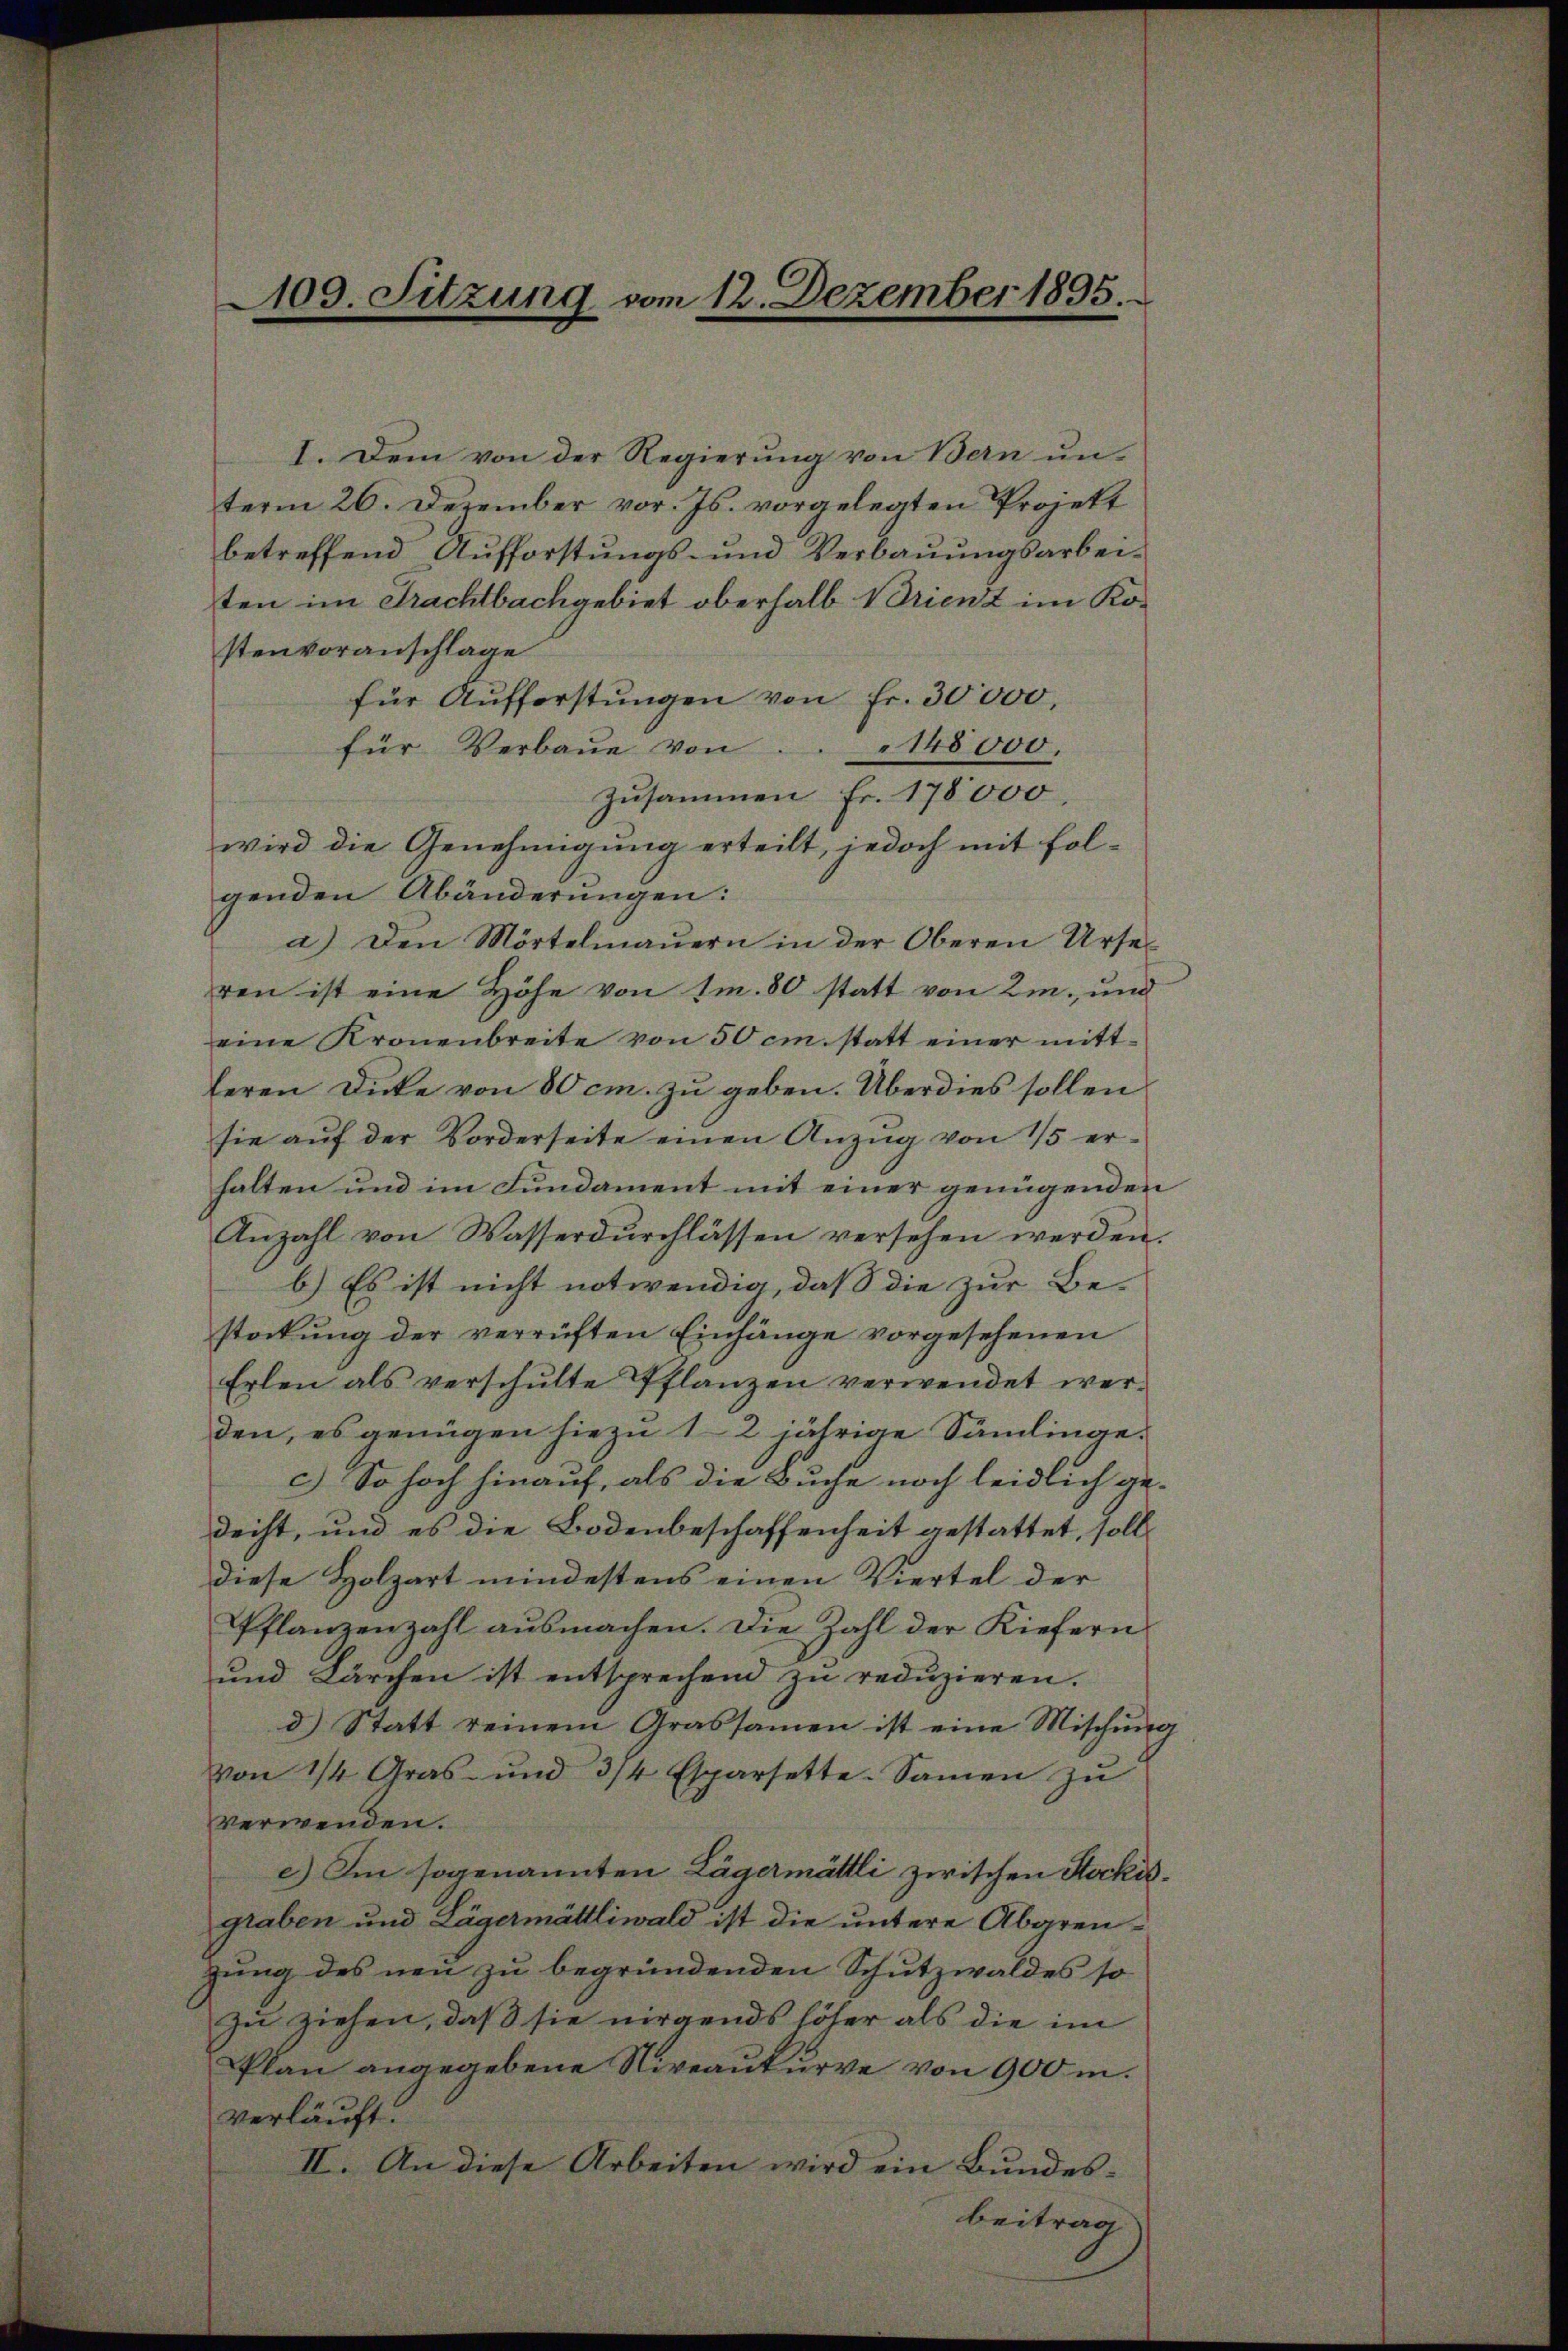
I. Dem von der Regierŭng von Bern ŭn-
term 20. Dezember vor. Js. vorgelegten Projekt
betreffend Aufforstungs- und Verbauungsarbeiten im Frachtbachgebiet oberhalb Brienz im Kostenvoranschlage
für Aŭfforstŭngen von fr. 30000,
für Verbaŭe von 148000.
Zusammen Fr. 178000.
wird die Genehmigung erteilt, jedoch mit folgenden Abänderungen:
a) Den Mörtelmaŭern in der Oberen Urse
ren ist eine Höhe von 1m. 80 statt von 2m. und
eine Kronenbreite von 50 cm. statt einer mittleren Dicke von 80 cm. zu geben. Überdies sollen
sie aŭf der Vorderseite einen Anzŭg von 15 er-
halten und im Fundament mit einer genügenden
Anzahl von Wasserdurchlassen versehen werden.
b.) Es ist nicht notwendig, daß die zur Be-
stockung der verrüften Einhänge vorgesehenen
Erlen als verschulte Pflanzen verwendet werden, es genügen hiezu 12 jährige Sämmlingec) So hoch hinauf, als die Buche noch leidlich gedecht, und es die Bodenbeschaffenheit gestattet, soll
diese Holzart mindestens einen Viertel der
Pflanzenzahl ausmachen. Die Zahl der Kiefern
und Lärchen ist entsprechend zu redŭzieren.
d) Statt reinem Grassamen ist eine Mischung
von 1/4 Gras- und 3/4 Esparsette-Saṁen zŭ
verwenden.
e.) Im sogenannten Lägermättli zwischen Stockisgraben und Lägermättliwald ist die untere Abgrenzung des neu zu begründenden Schutzwaldes so
zu ziehen, daß sie nirgends höher als die im
Plan angegebene Niveaukurve von 900 m.
verläuft.
II. An diese Arbeiten wird ein Bundesbeitrag

109. Sitzung vom 12. Dezember 1895.